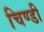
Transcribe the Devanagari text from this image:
चिण्डी